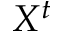
X ^ { t }